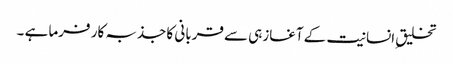
تخلیق ِانسانیت کے آغازہی سے قربانی کا جذبہ کار فرما ہے ۔